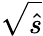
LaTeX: \sqrt{\hat{s}}